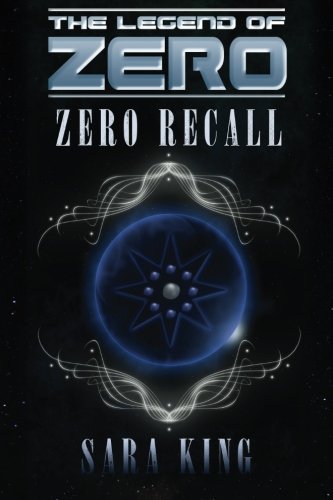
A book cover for Zero Recall (The Legend of ZERO); Sara King; Science Fiction & Fantasy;